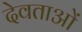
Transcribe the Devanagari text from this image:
देवताअाें